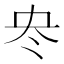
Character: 𠖼